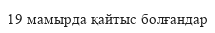
19 мамырда қайтыс болғандар